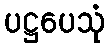
ပဋ္ဌပေသုံ